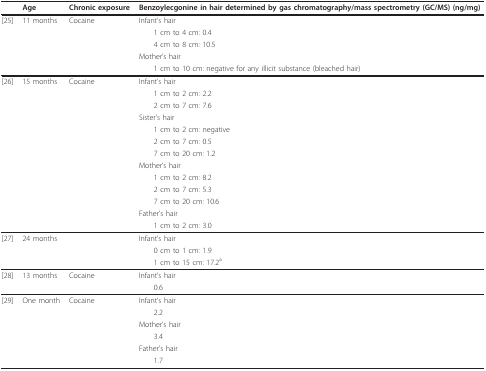
<table><thead><tr><td></td><td><b>Age</b></td><td><b>Chronic exposure</b></td><td><b>Benzoylecgonine in hair determined by gas chromatography/mass spectrometry (GC/MS) (ng/mg)</b></td></tr></thead><tbody><tr><td>[25]</td><td>11 months</td><td>Cocaine</td><td>Infant&#x27;s hair</td></tr><tr><td></td><td></td><td></td><td> 1 cm to 4 cm: 0.4</td></tr><tr><td></td><td></td><td></td><td> 4 cm to 8 cm: 10.5</td></tr><tr><td></td><td></td><td></td><td>Mother&#x27;s hair</td></tr><tr><td></td><td></td><td></td><td> 1 cm to 10 cm: negative for any illicit substance (bleached hair)</td></tr><tr><td>[26]</td><td>15 months</td><td>Cocaine</td><td>Infant&#x27;s hair</td></tr><tr><td></td><td></td><td></td><td> 1 cm to 2 cm: 2.2</td></tr><tr><td></td><td></td><td></td><td> 2 cm to 7 cm: 7.6</td></tr><tr><td></td><td></td><td></td><td>Sister&#x27;s hair</td></tr><tr><td></td><td></td><td></td><td> 1 cm to 2 cm: negative</td></tr><tr><td></td><td></td><td></td><td> 2 cm to 7 cm: 0.5</td></tr><tr><td></td><td></td><td></td><td> 7 cm to 20 cm: 1.2</td></tr><tr><td></td><td></td><td></td><td>Mother&#x27;s hair</td></tr><tr><td></td><td></td><td></td><td> 1 cm to 2 cm: 8.2</td></tr><tr><td></td><td></td><td></td><td> 2 cm to 7 cm: 5.3</td></tr><tr><td></td><td></td><td></td><td> 7 cm to 20 cm: 10.6</td></tr><tr><td></td><td></td><td></td><td>Father&#x27;s hair</td></tr><tr><td></td><td></td><td></td><td> 1 cm to 2 cm: 3.0</td></tr><tr><td>[27]</td><td>24 months</td><td></td><td>Infant&#x27;s hair</td></tr><tr><td></td><td></td><td></td><td> 0 cm to 1 cm: 1.9</td></tr><tr><td></td><td></td><td></td><td> 1 cm to 15 cm: 17.2<sup>a</sup></td></tr><tr><td>[28]</td><td>13 months</td><td>Cocaine</td><td>Infant&#x27;s hair</td></tr><tr><td></td><td></td><td></td><td> 0.6</td></tr><tr><td>[29]</td><td>One month</td><td>Cocaine</td><td>Infant&#x27;s hair</td></tr><tr><td></td><td></td><td></td><td> 2.2</td></tr><tr><td></td><td></td><td></td><td>Mother&#x27;s hair</td></tr><tr><td></td><td></td><td></td><td> 3.4</td></tr><tr><td></td><td></td><td></td><td>Father&#x27;s hair</td></tr><tr><td></td><td></td><td></td><td> 1.7</td></tr></tbody></table>